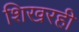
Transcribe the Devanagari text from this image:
शिखरही